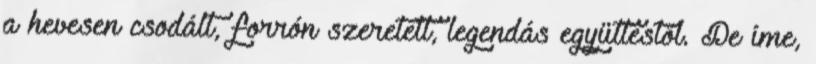
a hevesen csodált, forrón szeretett, legendás együttestől. De íme,